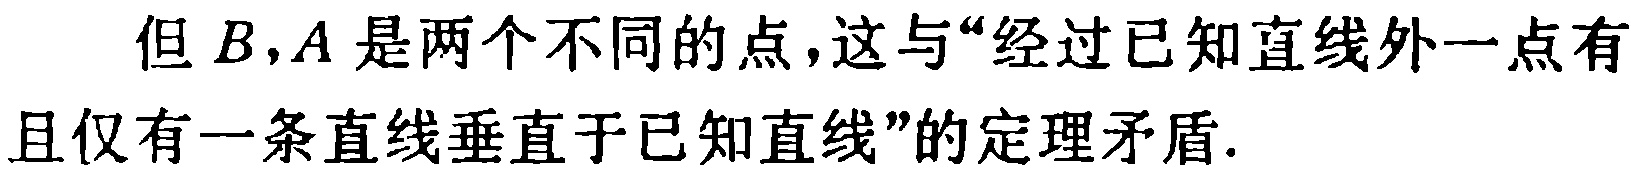
但\(B,A\)是两个不同的点,这与“经过已知直线外一点有且仅有一条直线垂直于已知直线”的定理矛盾.